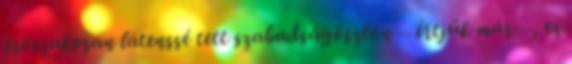
erőszakosan látenssé tett szabadságösztön – értjük már –, ez